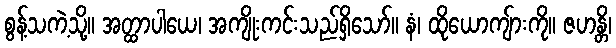
စွန့်သကဲ့သို့။ အတ္ထာပါယေ၊ အကျိုးကင်းသည်ရှိသော်။ နံ၊ ထိုယောကျ်ားကို။ ဇဟန္တိ၊